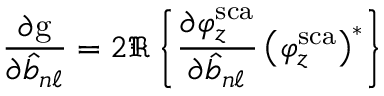
\frac { \partial \mathrm { g } } { \partial \hat { b } _ { n \ell } } = 2 \Re \left\{ \frac { \partial \varphi _ { z } ^ { \mathrm { s c a } } } { \partial \hat { b } _ { n \ell } } \left( \varphi _ { z } ^ { \mathrm { s c a } } \right) ^ { * } \right\}